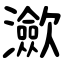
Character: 㶑